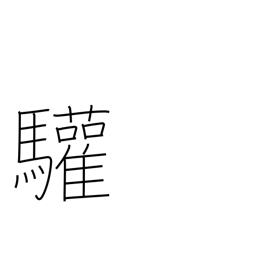
Meaning: greetings